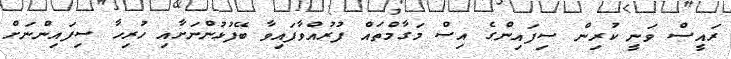
ރައީސް ވަނީ ކުރިން ސިފައިންގެ އިސް މަގާމްތައް ފުރުއްވާފައިވާ ބޭފުޅުންނަށާއި ހުރިހާ ސިފައިންނަށް